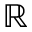
\mathbb { R }